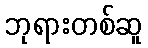
ဘုရားတစ်ဆူ